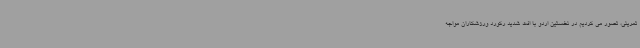
تمرینی، تصور می کردیم در نخستین اردو با افت شدید رکورد ورزشکاران مواجه